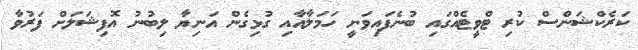
ކަރެކްޝަންސް ކުރި ޓްވީޓެއްގައި ބުނެފައިވަނީ ހަމަލާއާއި ގުޅިގެން އަނިޔާ ލިބުނު އޮފިޝަލަށް ފަރުވާ